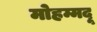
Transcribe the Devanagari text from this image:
मोहम्मदू